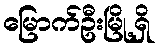
မြောက်ဦးမြို့ရှိ